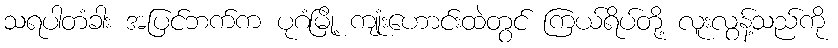
သရပါတံခါး အပြင်ဘက်က ပုဂံမြို့ ကျုံးဟောင်းထဲတွင် ကြယ်ရိပ်တို့ လူးလွန့်သည်ကို